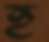
হ